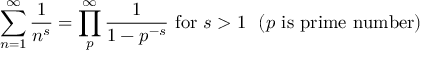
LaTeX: \sum _ { n = 1 } ^ { \infty } { \frac { 1 } { n ^ { s } } } = \prod _ { p } ^ { \infty } { \frac { 1 } { 1 - p ^ { - s } } } { \mathrm { ~ f o r ~ } } s > 1 \, \, \ ( p { \mathrm { ~ i s ~ p r i m e ~ n u m b e r ) } }